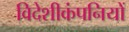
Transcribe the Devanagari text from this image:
विदेशीकंपनियों